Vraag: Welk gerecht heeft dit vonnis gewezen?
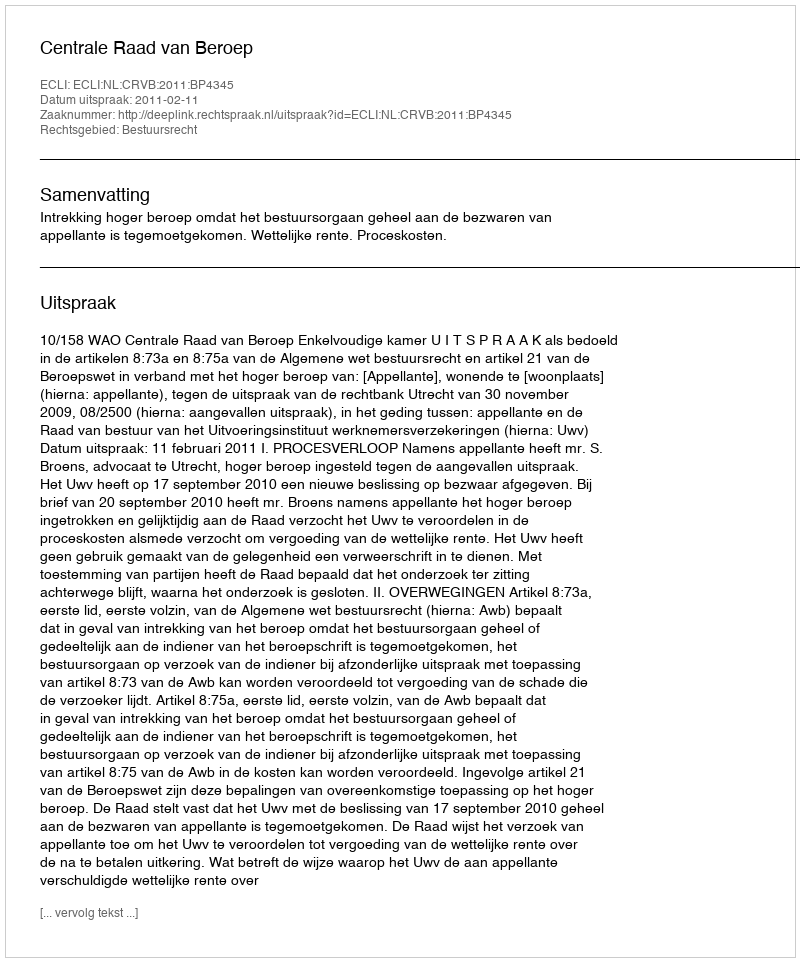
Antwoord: Centrale Raad van Beroep